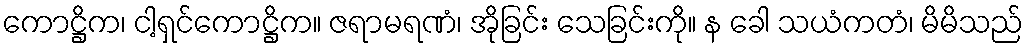
ကောဋ္ဌိက၊ ငါ့ရှင်ကောဋ္ဌိက။ ဇရာမရဏံ၊ အိုခြင်း သေခြင်းကို။ န ခေါ သယံကတံ၊ မိမိသည်